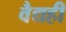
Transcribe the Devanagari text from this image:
वैद्यही